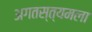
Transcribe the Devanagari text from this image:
अगतस्त्यमला